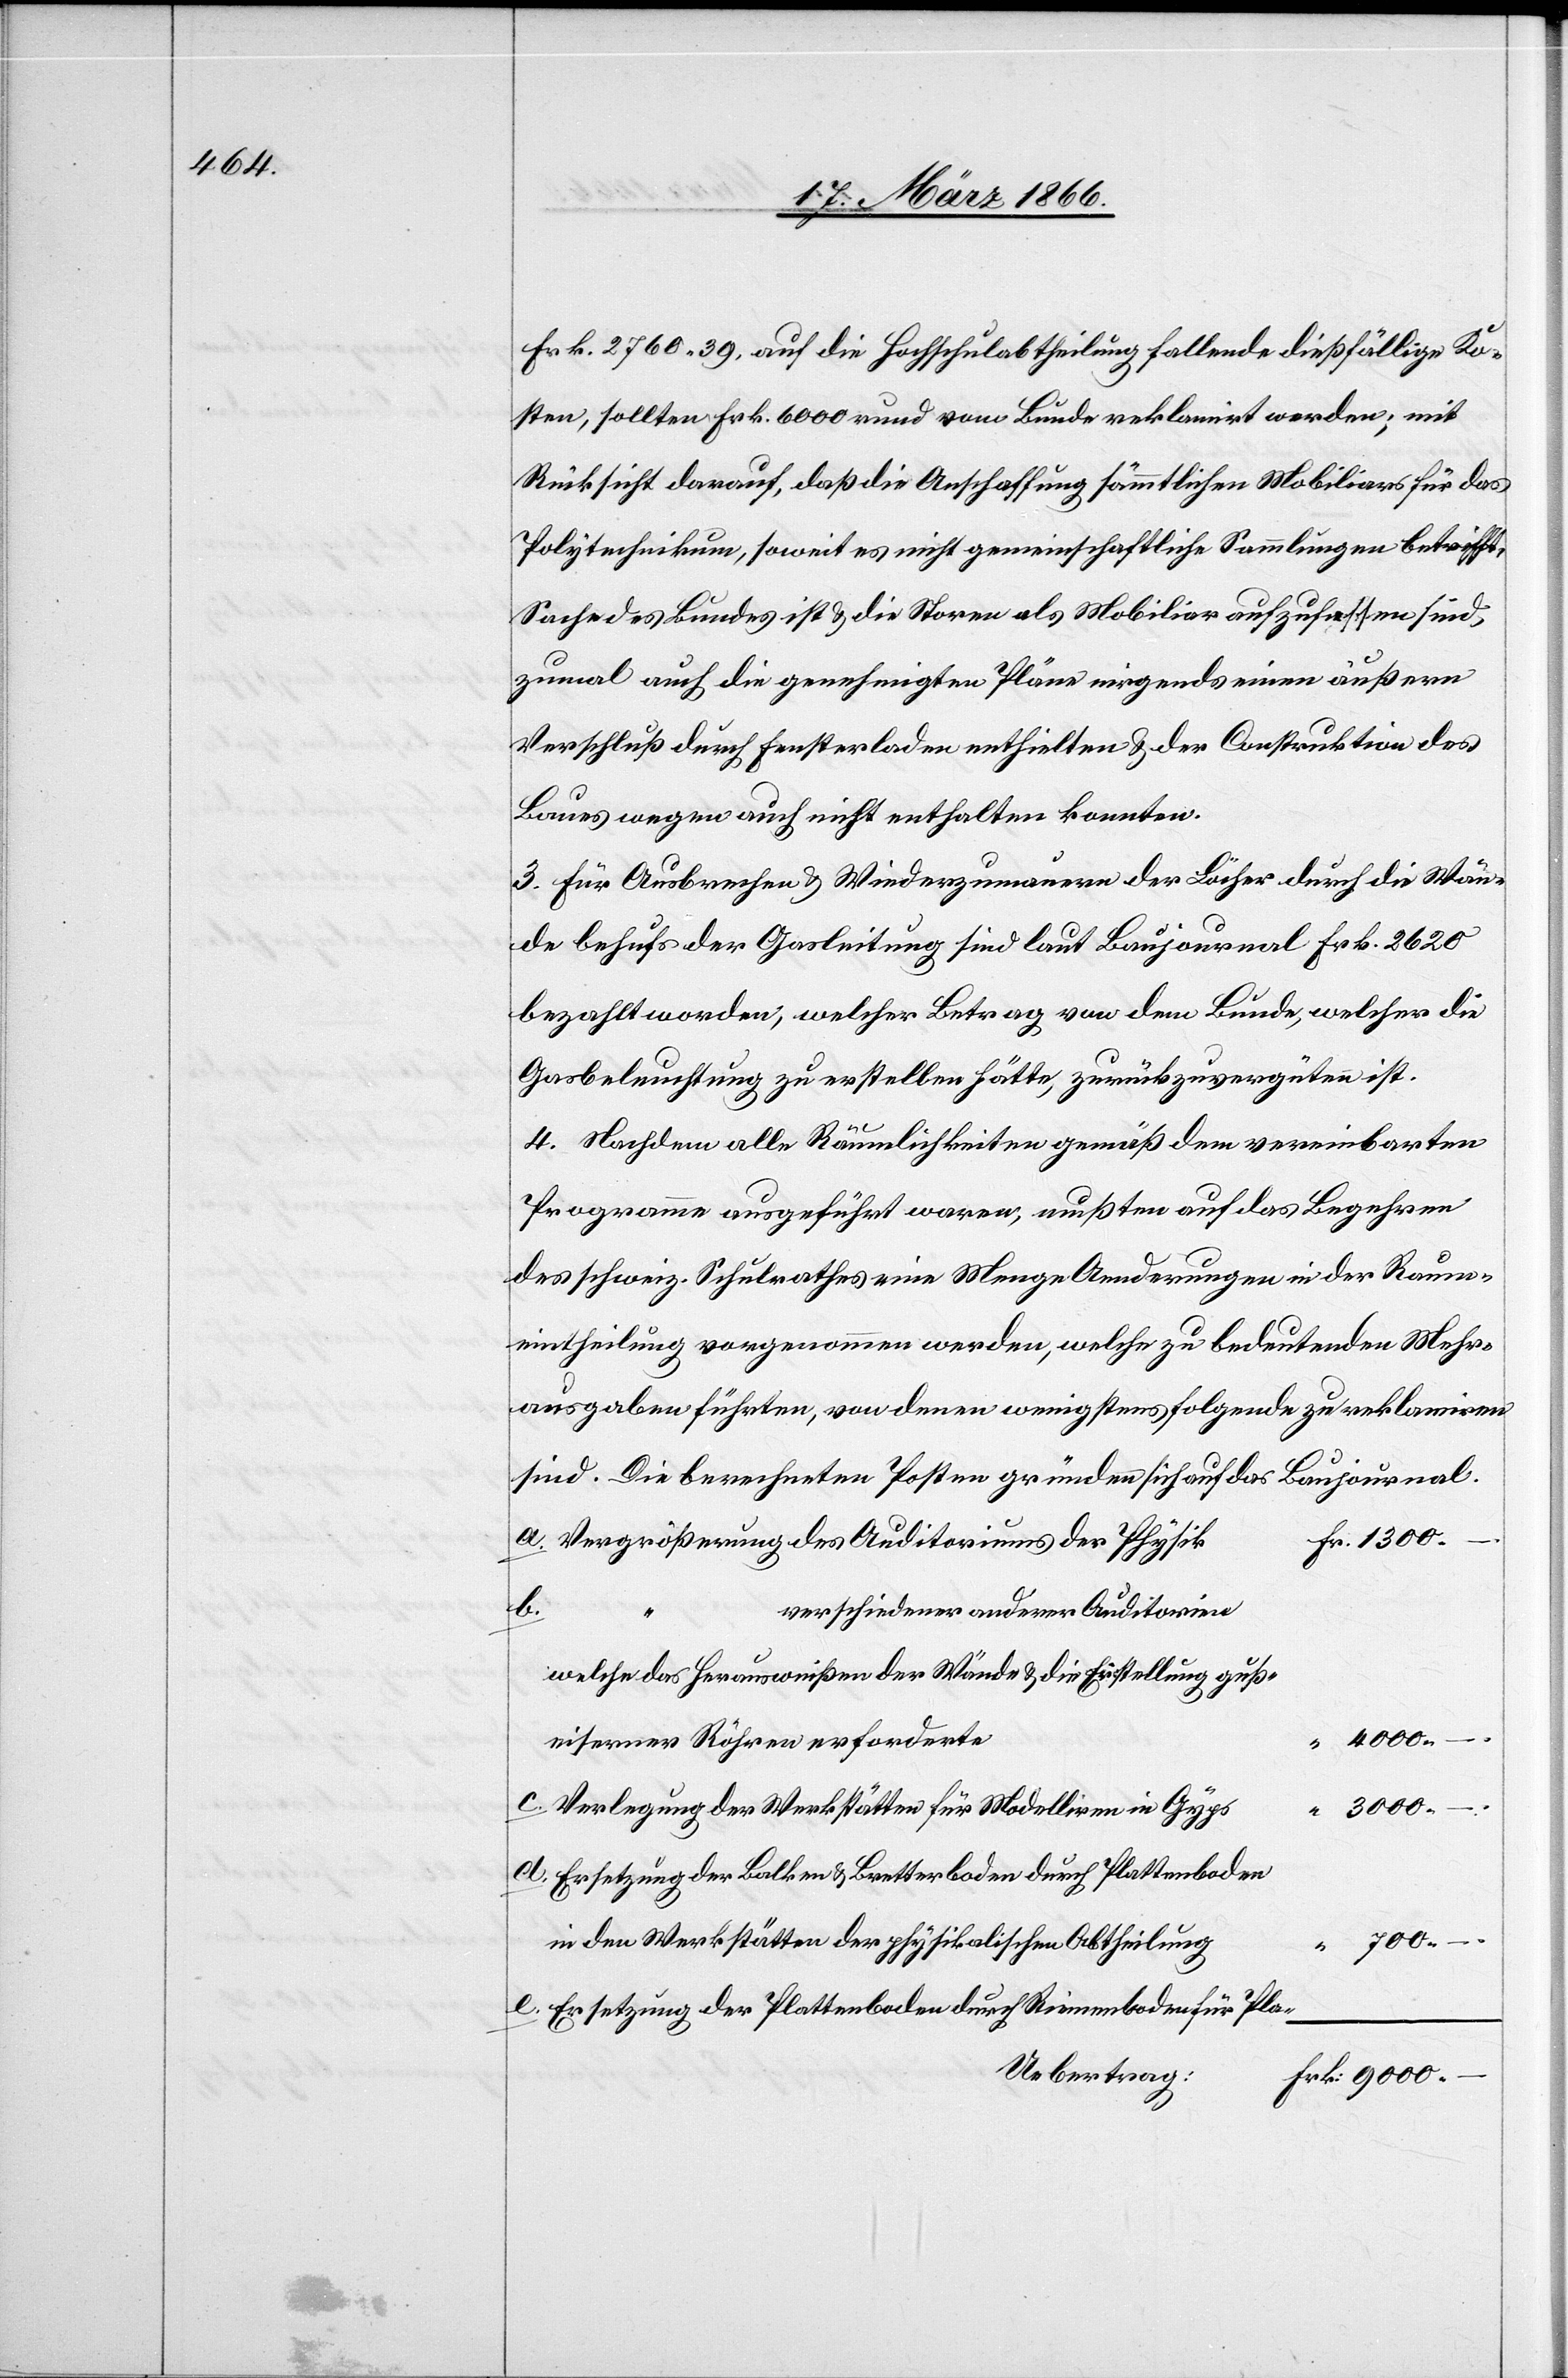
Frk. 2760,39, auf die Fachschulabtheilung fallende dießfällige Ko¬
sten, sollten Frk. 6000 rund vom Bunde reklamirt werden; mit
Rücksicht darauf, daß die Anschaffung sämmtlichen Mobiliars für das
Polytechnikum, soweit es nicht gemeinschaftliche Sammlungen betrifft,
Sache des Bundes ist u. die Storen als Mobiliar aufzufassen sind;
zumal auch die genehmigten Pläne nirgends einen äußern
Verschluß durch Fensterladen enthielten u. der Construktion des
Baues wegen auch nicht enthalten konnten.
3. Für Ausbrechen u. Wiederzumauern der Löcher durch die Wän¬
de behufs der Gasleitung sind laut Baujournal Frk. 2620
bezahlt worden, welcher Betrag von dem Bunde, welcher die
Gasbeleuchtung zu erstellen hätte, zurückzuvergüten ist.
4. Nachdem alle Räumlichkeiten gemäß dem vereinbarten
Programme ausgeführt waren, mußten auf das Begehren
des schweiz. Schulrathes eine Menge Aenderungen in der Raum¬
eintheilung vorgenommen werden, welche zu bedeutenden Mehr¬
ausgaben führten, von denen wenigstens folgende zu reklamiren
sind. Die berechneten Posten gründen sich auf das Baujournal.
Vergrößerung des Auditoriums der Physik.
d.
verschiedener anderer Auditorien
welche das Herausreißen der Wände u. die Erstellung guß-
eiserner Röhren erforderte
c.
Verlegung der Werkstätten für Modelliren in Gyps
Ersetzung der Balken u. Bretterboden durch Plattenboden
in den Werkstätten der physikalischen Abtheilung
700,–.
Pla-
Ersetzung der Plattenboden durch Rinnenboden für